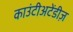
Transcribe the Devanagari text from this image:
काउंटीअटेंडीज़